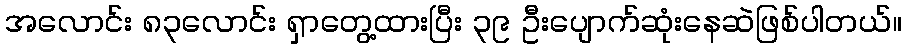
အလောင်း ၈၃လောင်း ရှာတွေ့ထားပြီး ၃၉ ဦးပျောက်ဆုံးနေဆဲဖြစ်ပါတယ်။